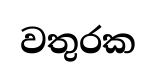
වතුරක